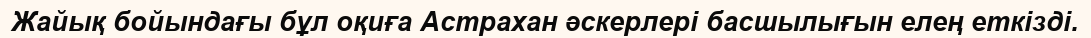
Жайық бойындағы бұл оқиға Астрахан әскерлері басшылығын елең еткізді.